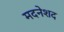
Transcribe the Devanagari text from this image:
मदनेशद